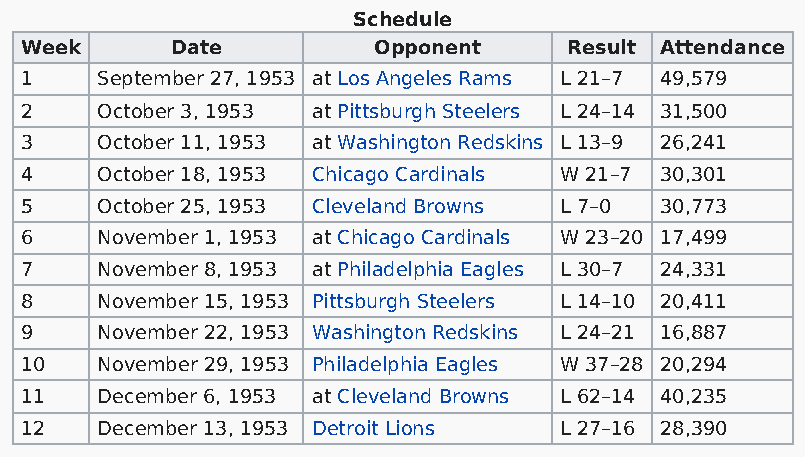
Schedule
 Week      Date          Opponent     Result Attendance
 1    September 27, 1953 at Los Angeles Rams L 21–7 49,579
 2    October 3, 1953 at Pittsburgh Steelers L 24–14 31,500
 3    October 11, 1953 at Washington Redskins L 13–9 26,241
 4    October 18, 1953 Chicago Cardinals W 21–7 30,301
 5    October 25, 1953 Cleveland Browns L 7–0 30,773
 6    November 1, 1953 at Chicago Cardinals W 23–20 17,499
 7    November 8, 1953 at Philadelphia Eagles L 30–7 24,331
 8    November 15, 1953 Pittsburgh Steelers L 14–10 20,411
 9    November 22, 1953 Washington Redskins L 24–21 16,887
 10   November 29, 1953 Philadelphia Eagles W 37–28 20,294
 11   December 6, 1953 at Cleveland Browns L 62–14 40,235
 12   December 13, 1953 Detroit Lions L 27–16 28,390